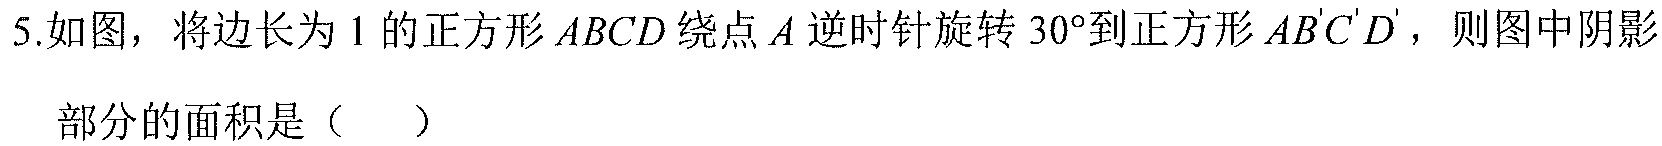
5.如图，将边长为 \(1\) 的正方形 \(ABCD\) 绕点 \(A\) 逆时针旋转 \(30^{\circ}\)到正方形 \(AB'C'D'\)，则图中阴影部分的面积是（  ）